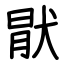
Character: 猒